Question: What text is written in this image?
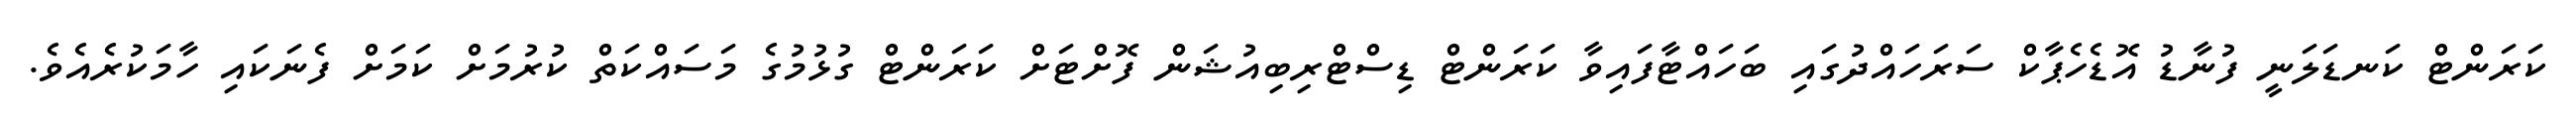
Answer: ކަރަންޓް ކަނޑަލަނީ ފުނާޑު އޮޑެހެޕާކް ސަރަހައްދުގައި ބަހައްޓާފައިވާ ކަރަންޓް ޑިސްޓްރިބިއުޝަން ފޮށްޓަށް ކަރަންޓް ގުޅުމުގެ މަސައްކަތް ކުރުމަށް ކަމަށް ފެނަކައި ހާމަކުރެއެވެ.